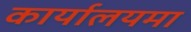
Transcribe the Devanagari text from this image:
कार्यालयमा